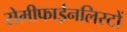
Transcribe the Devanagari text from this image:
सेमीफाईनलिस्टों